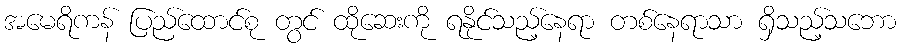
အမေရိကန် ပြည်ထောင်စု တွင် ထိုဆေးကို ရနိုင်သည့်နေရာ တစ်နေရာသာ ရှိသည့်သဘော